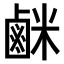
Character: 𫜇